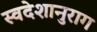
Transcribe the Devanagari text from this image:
स्वदेशानुराग